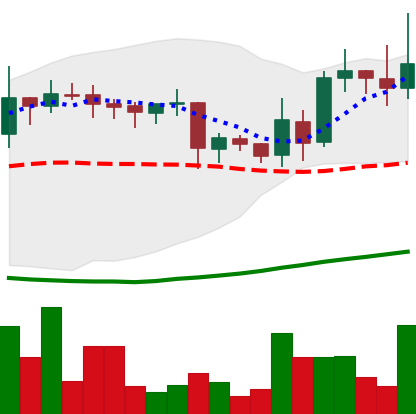
Ticker: LINK-USD
Chart end date: 2019-03-31
Forward return: 13.762%
Label: up_7plus